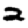
Digit: 2